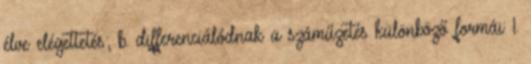
élve elégettetés; b. differenciálódnak a száműzetés különböző formái: 1.